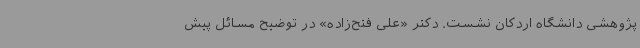
پژوهشی دانشگاه اردکان نشست. دکتر «علی فتح‌زاده» در توضیح مسائل پیش